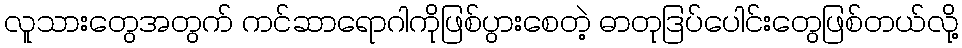
လူသားတွေအတွက် ကင်ဆာရောဂါကိုဖြစ်ပွားစေတဲ့ ဓာတုဒြပ်ပေါင်းတွေဖြစ်တယ်လို့